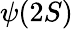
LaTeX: \psi(2S)